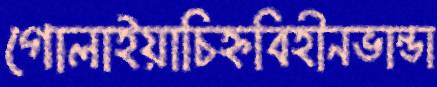
গোলাইয়াচিহ্নবিহীনভান্ডা